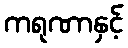
ကရုဏာနှင့်